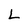
Character: L